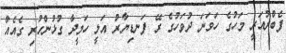
ފެބްރުއަރީ މަހުގެ ހަވަނަ ދުވަހުގެ ރޭ ފަނޑިޔާރު އަލީ ހަމީދާ ގުޅުންހުރި ގެއެއް